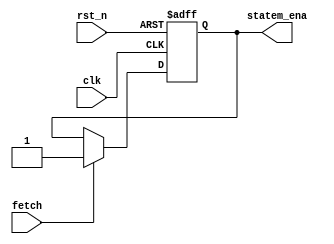
/*
 * State machine controller.
 */
module statem_ctrl(
    input       clk,
    input       rst_n,
    input       fetch,
    output reg  statem_ena
);

    always @(posedge clk or negedge rst_n) begin
        if (!rst_n)
            statem_ena <= 1'b0;
        else if (fetch)
            statem_ena <= 1'b1;
        else
            statem_ena <= statem_ena;
    end

endmodule